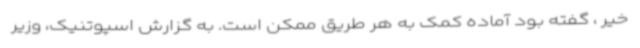
خیر ، گفته بود آماده کمک به هر طریق ممکن است. به گزارش اسپوتنیک، وزیر